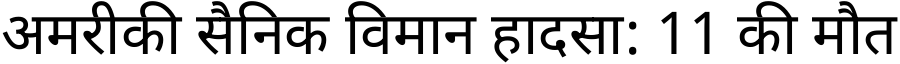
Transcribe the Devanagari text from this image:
अमरीकी सैनिक विमान हादसा: 11 की मौत